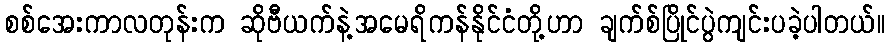
စစ်အေးကာလတုန်းက ဆိုဗီယက်နဲ့အမေရိကန်နိုင်ငံတို့ဟာ ချက်စ်ပြိုင်ပွဲကျင်းပခဲ့ပါတယ်။